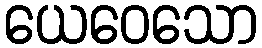
ယေဝေသော